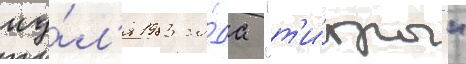
иу́л'я 1983 го́да "т'и́гры"